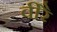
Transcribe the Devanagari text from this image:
वीरै